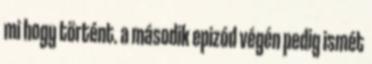
mi hogy történt. a második epizód végén pedig ismét